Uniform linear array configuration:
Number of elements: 8
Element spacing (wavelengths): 0.25
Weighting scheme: cosine
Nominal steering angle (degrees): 30
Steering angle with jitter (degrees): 31.33
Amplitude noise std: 0.05
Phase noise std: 0.05

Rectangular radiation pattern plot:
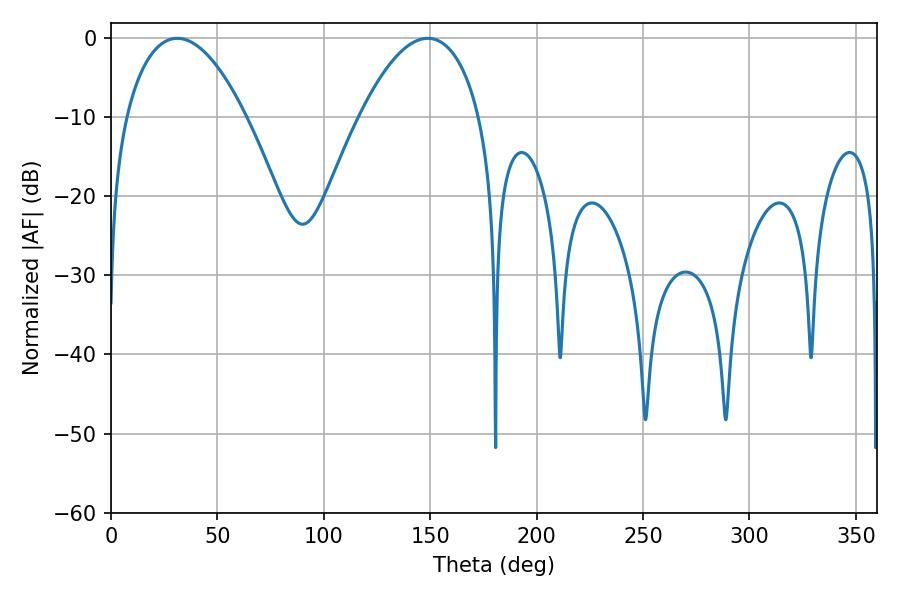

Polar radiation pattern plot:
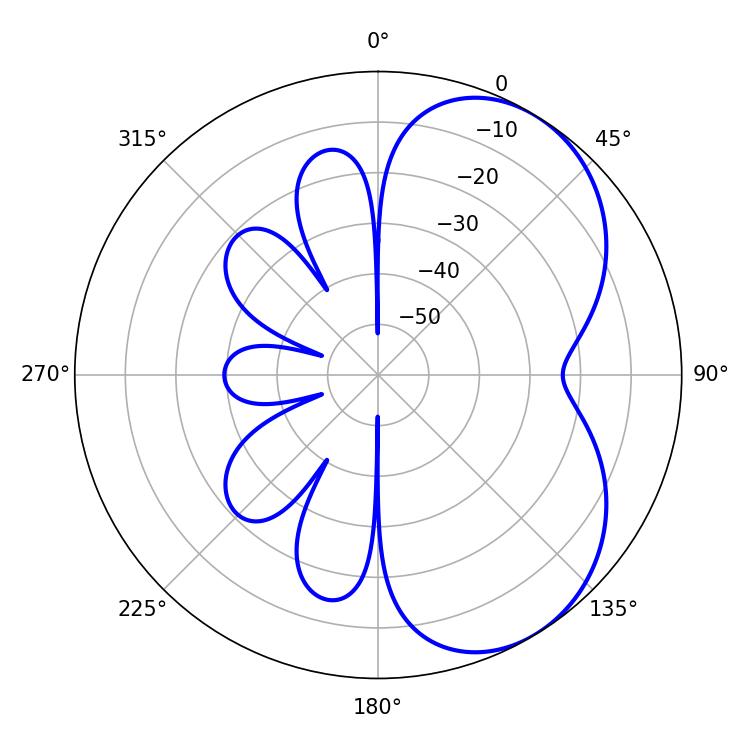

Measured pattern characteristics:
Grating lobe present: FALSE
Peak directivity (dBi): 5.052
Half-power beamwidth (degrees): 31.5
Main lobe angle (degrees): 31.14